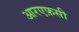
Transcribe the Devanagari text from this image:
आरएफ़सी